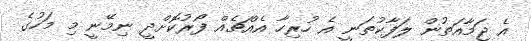
އެ ޖަމާއަތުން ލަފާކުތަނީ އެ ހުރިހާ އެއްޗެއް ފޯރުކޮށްދީ ނިމޭނީ މި މަހުގެ